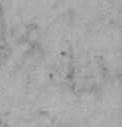
ね